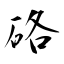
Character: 硌